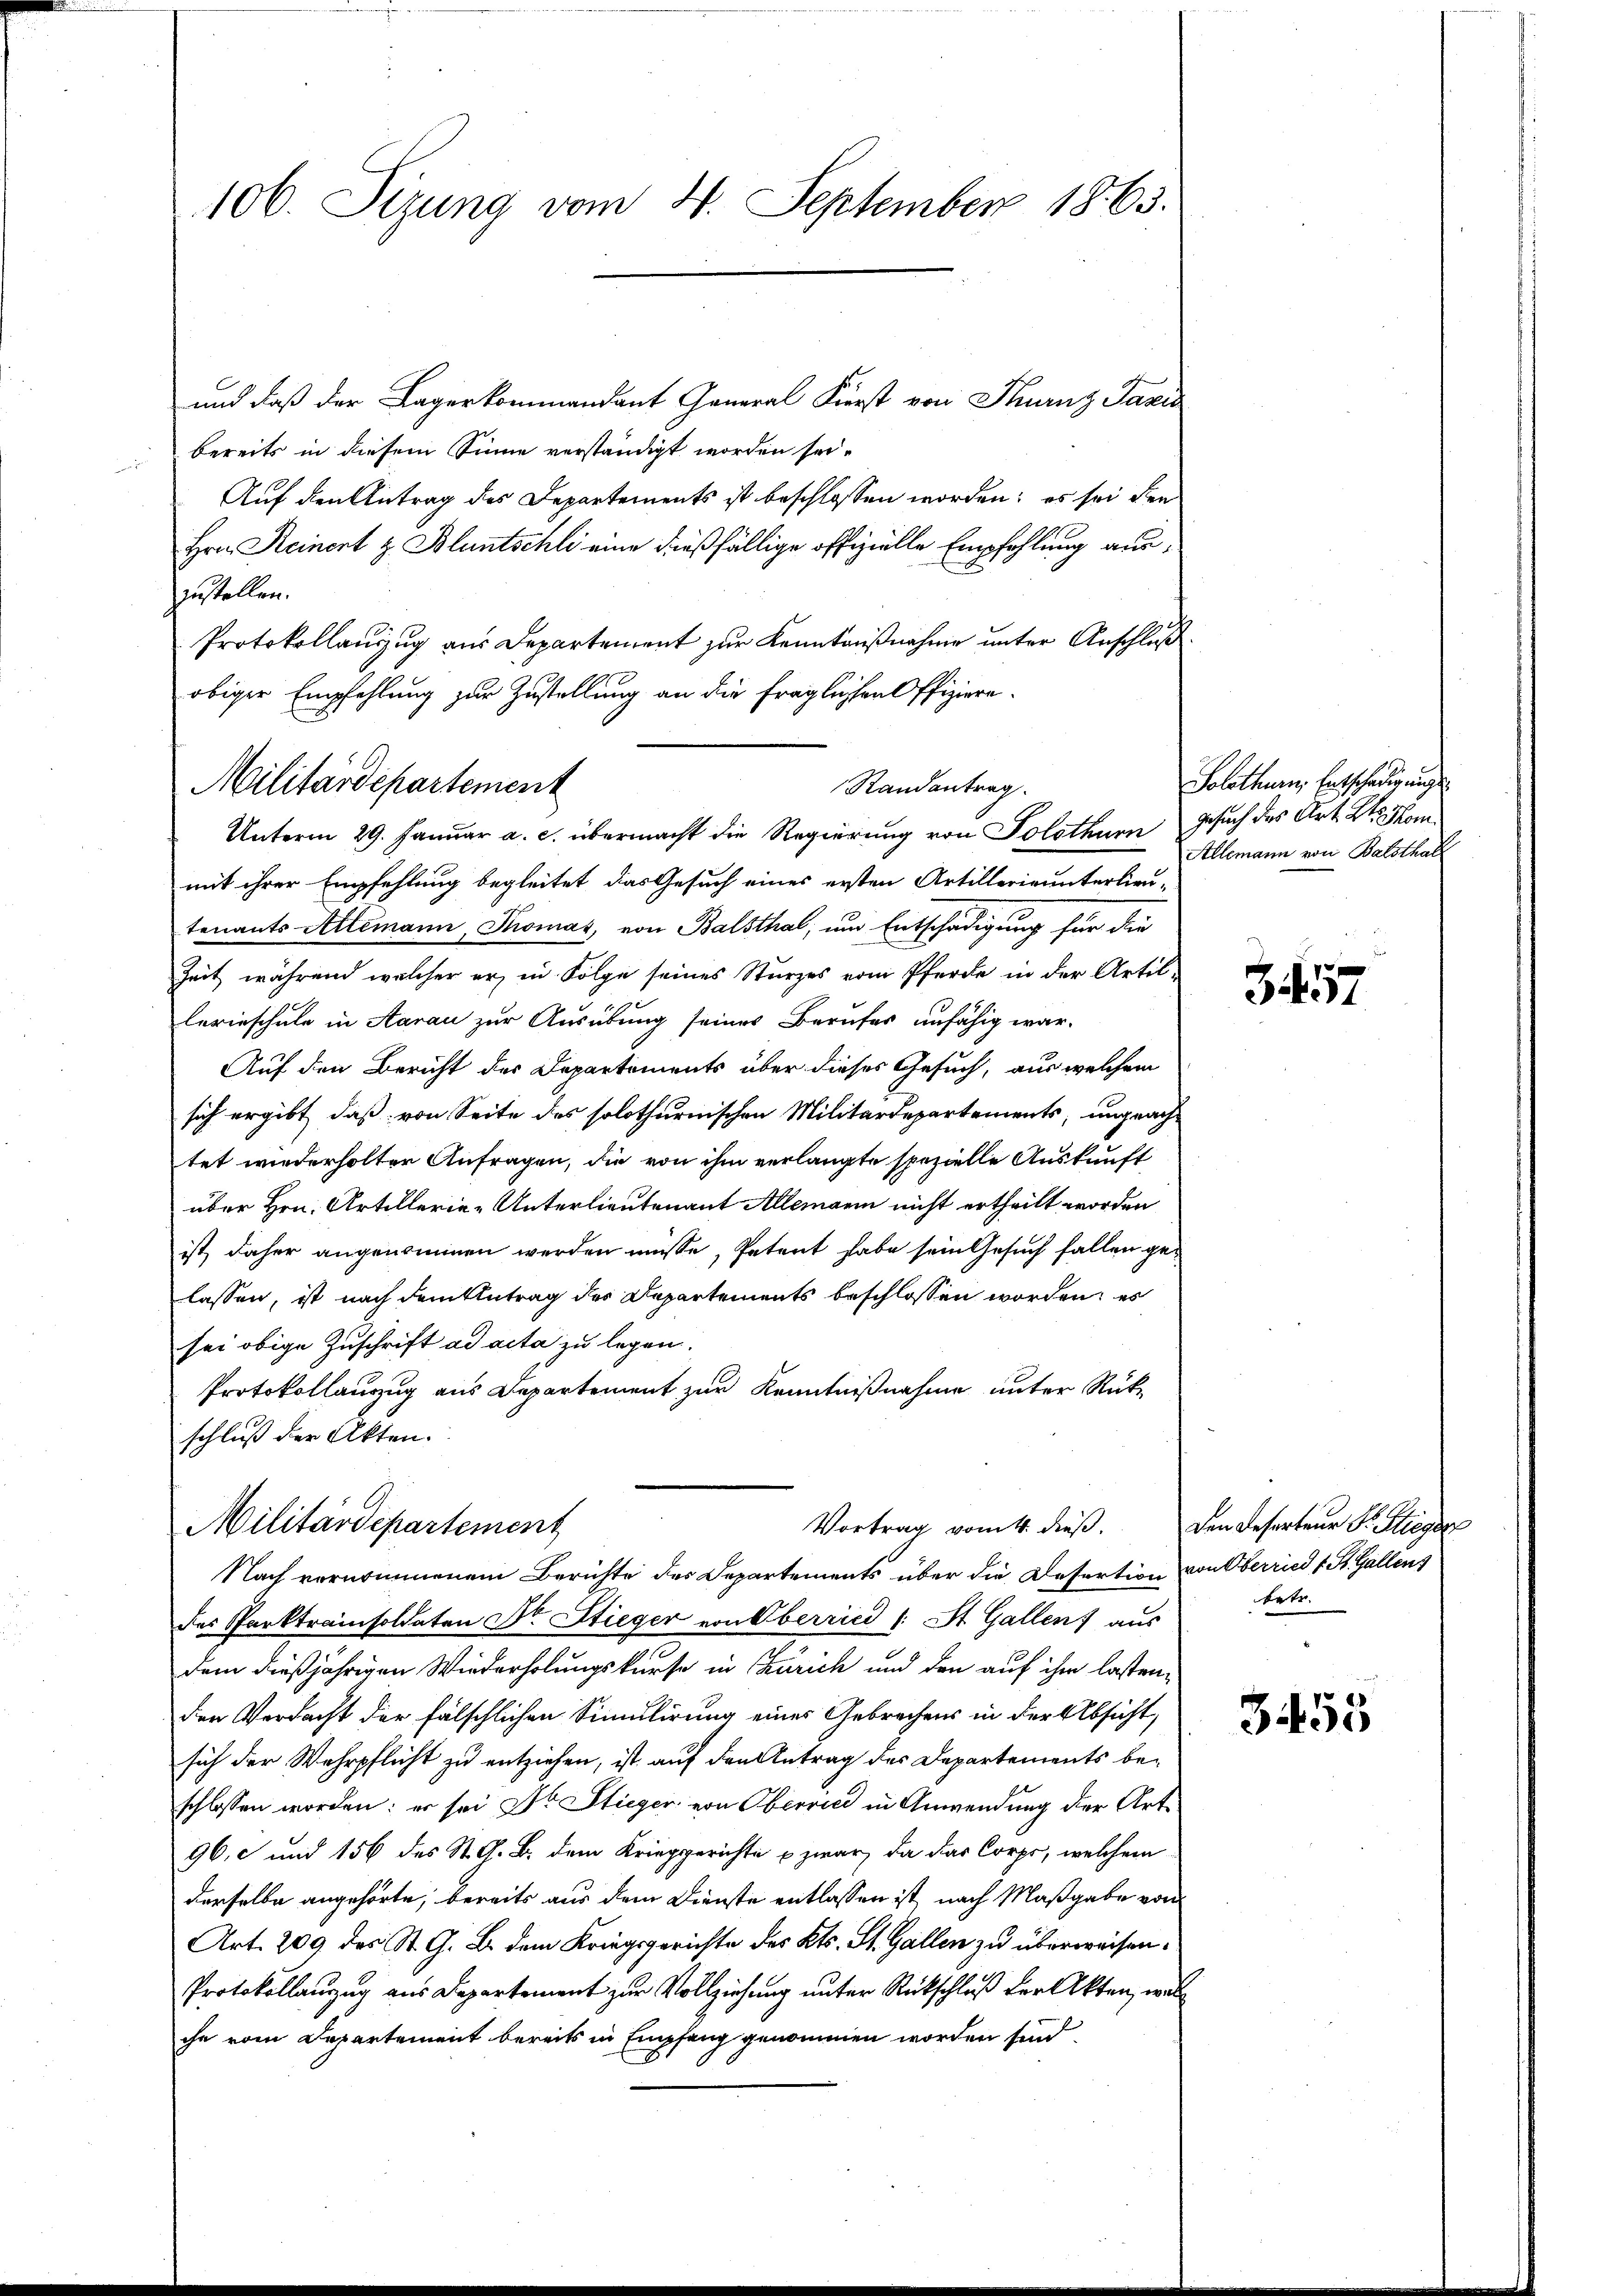
106. Sizung vom 4. September 1863.

und daß der Lagerkommandant General Fierst von Thurnz Pazić
bereits in diesem Sinne verständigt worden sei.
Auf den Antrag des Departements ist beschlossen worden; es sei den
Hrn. Reinent z. Bluntschli eine dießfällige offizielle Empfehlung auszustellen.
Protokollauszug aus Departement zur Kenntnißnahme unter Anschluß
obiger Empfehlung zur Zustellung an die fraglichen Offiziere.
mit ihrer Empfehlung begleitet, das Gesuch eines ersten Artillerie unterlieu-
tenants Allemann, Thomas, von Balsthal, um Entschädigung für die
Zeit, während welcher er, in Folge seines Sturzes vom Pferde in der Artillerieschule in Aarau zur Ausübung seines Berufes unfähig war-
Auf den Bericht des Departements über dieses Gesuch, aus welchem
sich ergibt, daß von Seite des solothurnischen Militärdepartements, ungeachtet wiederholten Anfragen, die von ihm verlangte spezielle Auskunft
über Hrn. Artillerie-Unterlieutenant Allemann nicht ertheilt worden
ist, daher angenommen werden müsse, Petent habe sein Gesuch fallen gelassen, ist nach dem Antrag des Departements beschlossen worden; es
sei obige Zuschrift ad acta zu legen.
Protokollauszug aus Departement zur Kenntnißnahme unter Rückschluß der Akten.
Vortrag vom 4. dieβ. den Deserteur S. Stieges
Militärdepartement
Nach vernommenem Berichte des Departements über die Desertion von Oberried 1 St. Gallens
des Parktrainsoldaten Dr. Stieger von Oberried (: St. Gallen) aus
dem dießjährigen Wiederholungskurse in Zürich und den auf ihm lastenden Verdacht der fälschlichen Simulirung eines Gebrachens in der Absicht,
sich der Wehrpflicht zu entziehen, ist auf den Antrag des Departements beschlossen worden: er sei Dr. Stieger von Oberrici in Anwendung der Art
96. c und 156 des St. G. B. dem Krieggerichte u zwar, da das Corps, welchem
derselbe angehörte, bereits aus dem Dienste entlassen ist, nach Maßgabe von
Art. 209 des St. G. B. dem Kriegsgerichte des Kts. St. Gallen zu überweisen.
Protokollauszug aus Departement zur Vollziehung unter Rückschluß der Akten, welihn vom Departement bereits in Empfang genommen worden sind,

Militärdepartement

Randantrag.
Unterm 29. Januar a. c. übermacht die Regierung von Solothurn, Gesuch des Art. Wo kom

Solothurn, Entschädigung
Allemann von Balsthalt

3457

betr.

3455